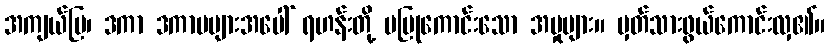
အကျယ်ပြ၊ ဒကာ ဒကာမများအပေါ် ရဟန်းတို့ မပြုကောင်းသော အမှုများ။ မှတ်သားဖွယ်ကောင်းလှ၏။